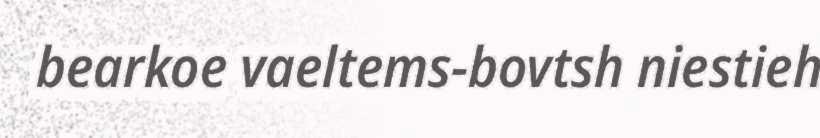
bearkoe vaeltems-bovtsh niestieh